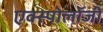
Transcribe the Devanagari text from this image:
एक्स्पोलॉजी